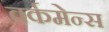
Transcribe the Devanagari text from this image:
वर्कमेन्स